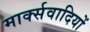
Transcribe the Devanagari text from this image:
मार्क्सवादियों